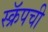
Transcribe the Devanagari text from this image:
स्क्रॅपची